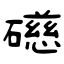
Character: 礠